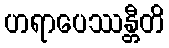
ဟရာပေဿန္တီတိ